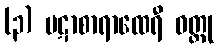
(၃) ပဋာစာရာထေရီ ဝတ္ထု